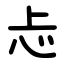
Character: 忐